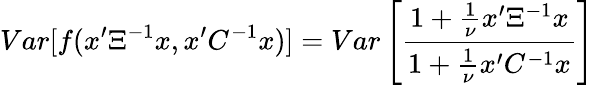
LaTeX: Var[f(x^{\prime}\Xi^{-1}x,x^{\prime}C^{-1}x)]=Var\left[\frac{1+\frac{1}{\nu}x^{\prime}\Xi^{-1}x}{1+\frac{1}{\nu}x^{\prime}C^{-1}x}\right]